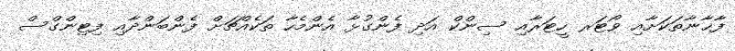
ފާޚާނާތަކަށާއި ވޯޓަރ ހީޓަރާއި ސިންކް އަދި ފެންގުޅާ އެންމެހާ ތަކެއްޗަށް ފެންބަންދާއި ފިޓިންގްސް